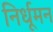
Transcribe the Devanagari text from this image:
निर्धूमन